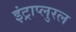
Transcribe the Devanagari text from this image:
इंट्राप्लुरल